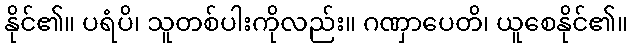
နိုင်၏။ ပရံပိ၊ သူတစ်ပါးကိုလည်း။ ဂဏှာပေတိ၊ ယူစေနိုင်၏။